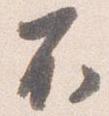
不